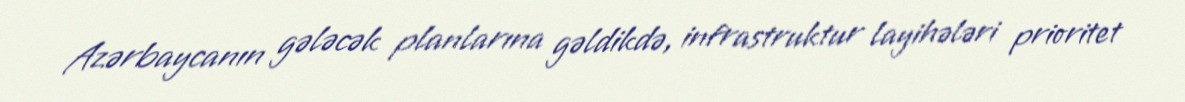
Azərbaycanın gələcək planlarına gəldikdə, infrastruktur layihələri prioritet